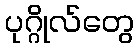
ပုဂ္ဂိုလ်တွေ